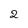
Character: 2